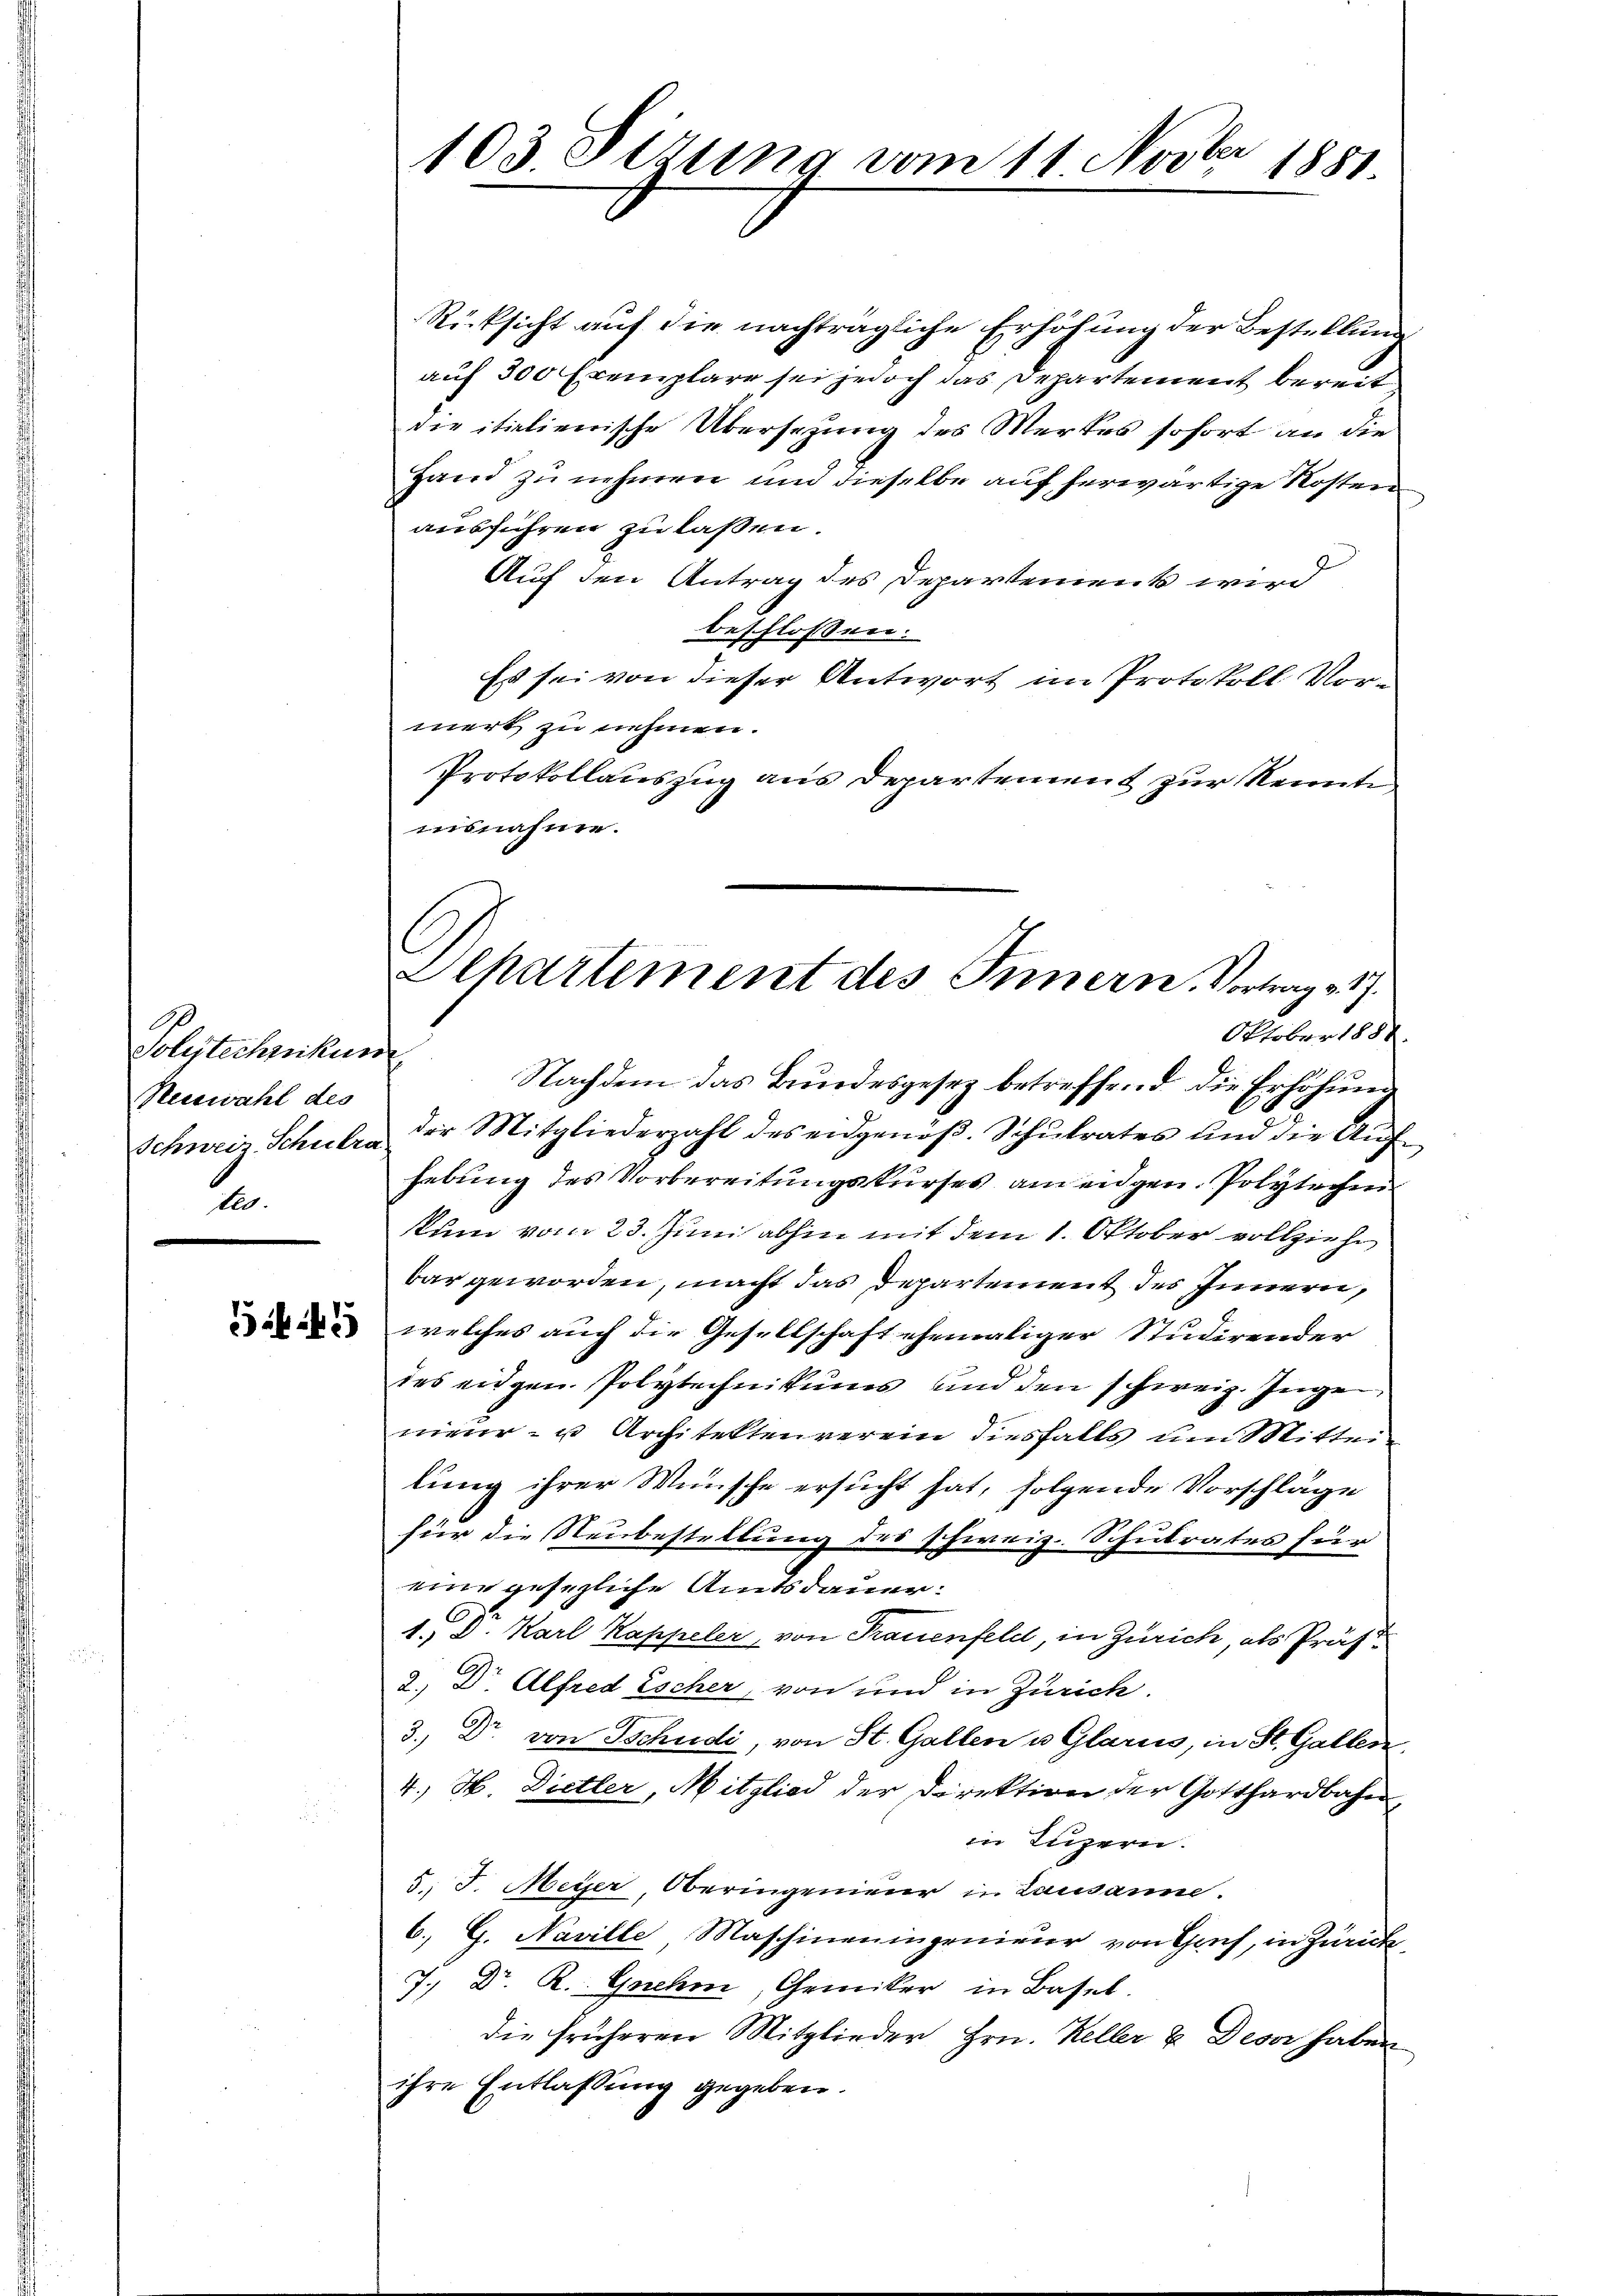
E
Solytechnikum
Neiswahl des
Schweiz. Schulra
2

5

103. Stzung vom 11. Novber 1881

Rücksicht auf die nachträgliche Erhöhung der Bestellung
auf 300 Exemplare sei jedoch das Departement bereit
die itialienische Übersetzung des Merkes sofort an die
Hand zu nehmen und dieselbe auf herwärtige Kosten
ausführen zu laßen.
Auf den Antrag des Departement wird
beschlossen:
Es sei von dieser Antwort im Protokoll Vormert zu nehmen.
Protokollauszug aus Departement zur Kennte
insnahme.
Nachdem das Bundesgesez betreffend die Erhöhung
der Mitgliederzahl des eidgenöß. Schulrates und die Aufhebung des Vorbereitungskurses an eigen. Polytechen
kum vom 23. Juni abhin mit dem 1. Oktober vollziehe
bar geworden, macht das Departement des Innern,
welches auch die Gesellschaft ehemaliger Studirender
des eidgen. Polytechnikums und den schweiz. Inge
nieur- u Architektenverein diesfalls um Mittei-
lung ihrer Wünsche ersucht hat, folgende Vorschläge
für die Neubestellung des schweiz. Schulrates für
eine gesezliche Amtsdauer:
1.) D. Karl Kappeler, von Frauenfeld, in Zürich, als Präf
2. Dr Alfred Escher, von und in Zürich.
3.) Dr. von Tschudi, von St. Gallen u. Glarus, in St. Gallen,
4. H. Dietler, Mitglied der Direktion der Gotthardbahn,
in Luzern.
5 J. Meyer, Oberingenieur in Lausanne
6., G. Naville Maschineningenieur von Gruf, in Zurück¬
7.) Dr. R. Gnehm, Gemiker in Basel.
die früheren Mitglieder Hrn. Keller & Deser haben
ihre Entlaßung gegeben.

Departement des Innern, Vortrag v. 17.
Oktober 1888.